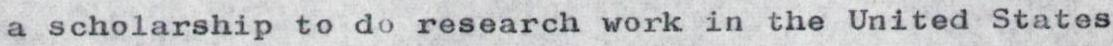
a scholarship to do research work in the United States